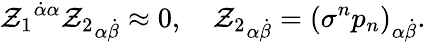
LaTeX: {\mathcal{Z}_{1}}^{\dot{{\alpha}}\alpha}{\mathcal{Z}_{2}}_{\alpha\dot{{\beta}}}\approx0,\quad{\mathcal{Z}_{2}}_{\alpha\dot{{\beta}}}={(\sigma^{n}p_{n})}_{\alpha\dot{{\beta}}}.